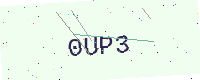
Text: 0UP3